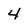
Character: 4